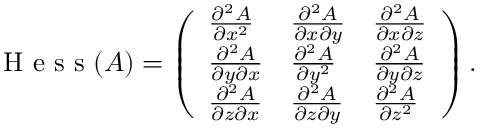
\textrm { H e s s } ( A ) = \left( \begin{array} { l l l } { \frac { \partial ^ { 2 } A } { \partial x ^ { 2 } } } & { \frac { \partial ^ { 2 } A } { \partial x \partial y } } & { \frac { \partial ^ { 2 } A } { \partial x \partial z } } \\ { \frac { \partial ^ { 2 } A } { \partial y \partial x } } & { \frac { \partial ^ { 2 } A } { \partial y ^ { 2 } } } & { \frac { \partial ^ { 2 } A } { \partial y \partial z } } \\ { \frac { \partial ^ { 2 } A } { \partial z \partial x } } & { \frac { \partial ^ { 2 } A } { \partial z \partial y } } & { \frac { \partial ^ { 2 } A } { \partial z ^ { 2 } } } \end{array} \right) .